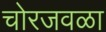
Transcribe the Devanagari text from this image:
चोरजवळा